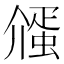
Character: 𬿷